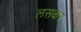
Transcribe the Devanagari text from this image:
लसकर